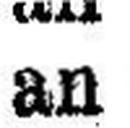
an